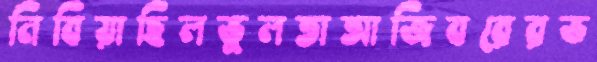
নিবিয়াছিলভুলতাআজিবরেরভ